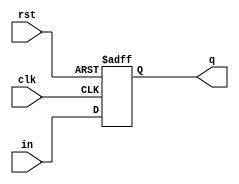
module d_ff(
    input in,
    input clk,
    input rst,
    output reg q
    );
     
always@(posedge clk, posedge rst)
    begin
        if(rst)
            q<=0;
        else
            q<=in;
        end
endmodule

module sipo_4bit(
    input data_in,
    input clk,
    input rst,
    output [3:0]data_out
    );
    
    d_ff d1(data_in,clk,rst,data_out[0]);
    d_ff d2(data_out[0],clk,rst,data_out[1]);
    d_ff d3(data_out[1],clk,rst,data_out[2]);
    d_ff d4(data_out[2],clk,rst,data_out[3]);

endmodule